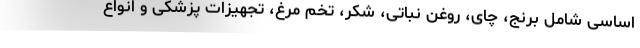
اساسی شامل برنج، چای، روغن نباتی، شکر، تخم مرغ، تجهیزات پزشکی و انواع